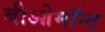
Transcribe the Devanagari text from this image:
बीओमॉन्ट